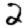
Digit: 2